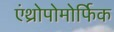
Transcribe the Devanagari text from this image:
एंथ्रोपोमोर्फिक